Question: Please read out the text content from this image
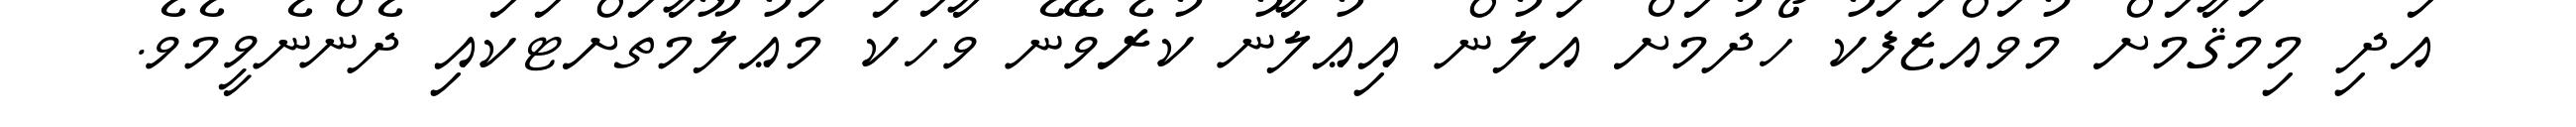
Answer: އަދި މިމަޤާމަށް މުވައްޒަފަކު ހޯދުމަށް އަލުން އިޢުލާނު ކުރެވޭނެ ވާހަކަ މަޢުލޫމާތަށްޓަކައި ދެންނެވީމެވެ.